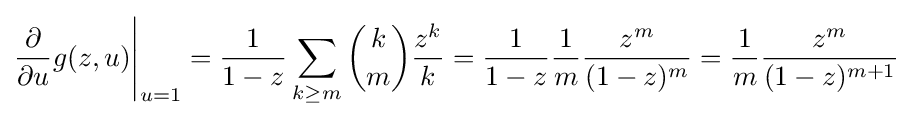
{\frac {\partial }{\partial u}}g(z,u){\Bigg |}_{u=1}={\frac {1}{1-z}}\sum _{k\geq m}{k \choose m}{\frac {z^{k}}{k}}={\frac {1}{1-z}}{\frac {1}{m}}{\frac {z^{m}}{(1-z)^{m}}}={\frac {1}{m}}{\frac {z^{m}}{(1-z)^{m+1}}}